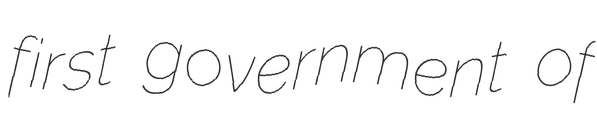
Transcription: first government of